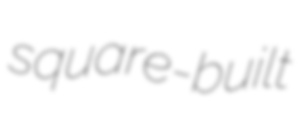
square-built